Scientific memoirs by medical officers of the Army of India - Part XII,
Year: 1901
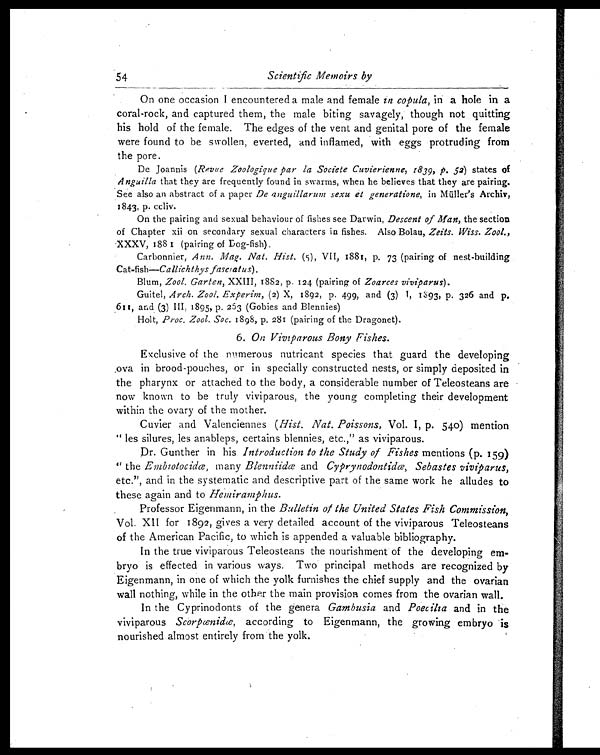
54
Scientific Memoirs by
On one occasion Ie n c o u n t e r e d a m a l e a n d f e m a l ei
n c o p u l a ,
i n a h o l e
i n
a
coral-rock, and captured them, the male biting savagely, though not quitting
his hold of the female. The edges of the vent and genital pore of the female
were found to be swollen, everted, and inflamed, with eggs protruding from
the pore.
De Joannis (Revue Zoologique par la Societe Cuvierienne, 1839, p. 52) states of
Anguilla that they are frequently found in swarms, when he believes that they are pairing.
See also an abstract of a paper De anguillarum sexu et generatione, in Müller's Archiv,
1843, p. ccliv.
On the pairing and sexual behaviour of fishes see Darwin, Descent of Man, the section
of Chapter xii on secondary sexual characters in fishes. Also Bolau, Zeits. Wiss. Zool.,
X X X V , 1 8 8 1 ( p a i r i n g o f D o g - f i s h ) .
Carbonnier, Ann. Mag. Nat. Hist. (5) , VII, 1881, p. 73 (pairing of nest-building
Cat-fish—Callichthys fasciatus).
Blum, Zool. Garten, XXIII, 1882, p. 124 (pairing of Zoarces viviparus).
Guitel, Arch. Zool. Experim, (2) X, 1892, p. 499, and (3) I , 1893, p. 326 and p.
611, and (3) III, 1895, p. 263 (Gobies and Blennies)
Holt, Proc. Zool. Soc. 1898, p. 281 (pairing of the Dragonet).
6. On Viviparous Bony Fishes.
Exclusive of the numerous nutricant species that guard the developing
ova in brood-pouches, or in specially constructed nests, or simply deposited in
the pharynx or attached to the body, a considerable number of Teleosteans are
now known to be truly viviparous, the young completing their development
within the ovary of the mother.
Cuvier and Valenciennes (Hist. Nat. Poissons, Vol. I, p. 540) mention
" les silures, les anableps, certains blennies, etc.," as viviparous.
Dr. Gunther in his Introduction to the Study of Fishes mentions (p. 159)
" the Embiotocidœ, many Blenniidœ and Cyprynodontidœ, Sebastes viviparus,
etc.", and in the systematic and descriptive part of the same work he alludes to
these again and to Hemiramphus.
Professor Eigenmann, in the Bulletin of the United States Fish Commission,
Vol. XII for 1892, gives a very detailed account of the viviparous Teleosteans
of the American Pacific, to which is appended a valuable bibliography.
In the true viviparous Teleosteans the nourishment of the developing em-
bryo is effected in various ways. Two principal methods are recognized by
Eigenmann, in one of which the yolk furnishes the chief supply and the ovarian
wall nothing, while in the other the main provision comes from the ovarian wall.
In the Cyprinodonts of the genera Gambusia and Poecilia and in the
viviparous Scorpœnidœ, according to Eigenmann, the growing embryo is
nourished almost entirely from the yolk.